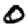
Digit: 0